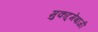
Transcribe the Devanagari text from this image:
मुकद्दमेबाजी